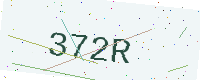
Text: 372R